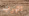
تتهرب